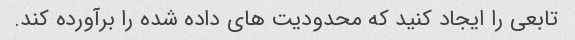
تابعی را ایجاد کنید که محدودیت های داده شده را برآورده کند.